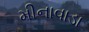
મીનાવાડા